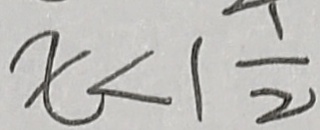
x < 1 \frac { 1 } { 2 }